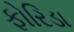
ફોરિડા